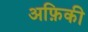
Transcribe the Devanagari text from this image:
अफ़िकी